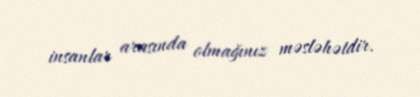
insanlar arasında olmağınız məsləhətdir.